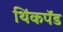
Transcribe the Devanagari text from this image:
थिंकपॅड